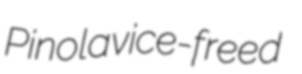
Pinola vice-freed